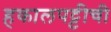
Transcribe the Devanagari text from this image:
हकालपट्टीची